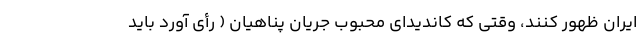
ایران ظهور کنند، وقتی که کاندیدای محبوب جریان پناهیان ( رأی آورد باید